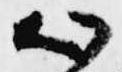
心